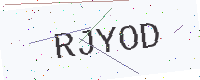
Text: RJYOD